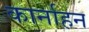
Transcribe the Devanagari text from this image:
कार्नाहन